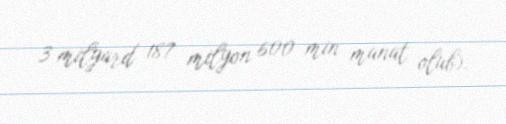
3 milyard 187 milyon 600 min manat olub).